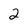
Character: 2